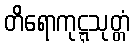
တိရောကုဋ္ဋသုတ္တံ